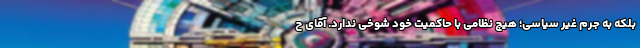
بلکه به جرم غیر سیاسی؛ هیچ نظامی با حاکمیت خود شوخی ندارد. آقای ح